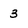
Character: 3